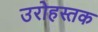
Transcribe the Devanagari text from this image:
उरोहस्तक